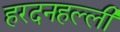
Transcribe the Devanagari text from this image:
हरदनहल्ली